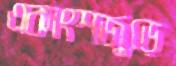
একাংশজুড়ে